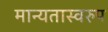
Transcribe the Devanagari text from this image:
मान्यतास्वरुप